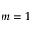
m = 1